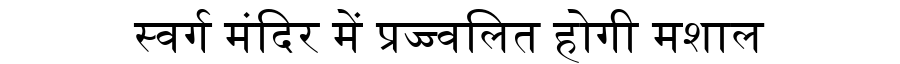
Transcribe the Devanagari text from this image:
स्वर्ग मंदिर में प्रज्ज्वलित होगी मशाल